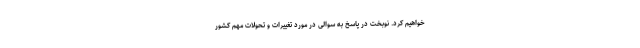
خواهیم کرد. نوبخت در پاسخ به سوالی در مورد تغییرات و تحولات مهم کشور